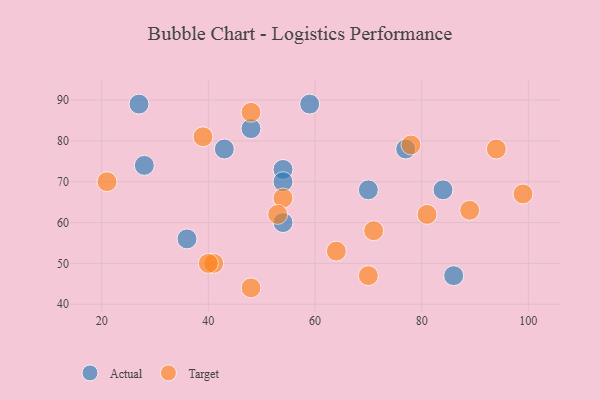
{"axis": {"x": "GDP", "y": "Life Expectancy"}, "legend": ["Actual", "Target"], "data": [{"x": "54", "y": 73, "type": "Actual"}, {"x": "70", "y": 68, "type": "Actual"}, {"x": "48", "y": 83, "type": "Actual"}, {"x": "84", "y": 68, "type": "Actual"}, {"x": "27", "y": 89, "type": "Actual"}, {"x": "86", "y": 47, "type": "Actual"}, {"x": "54", "y": 70, "type": "Actual"}, {"x": "36", "y": 56, "type": "Actual"}, {"x": "77", "y": 78, "type": "Actual"}, {"x": "43", "y": 78, "type": "Actual"}, {"x": "59", "y": 89, "type": "Actual"}, {"x": "54", "y": 60, "type": "Actual"}, {"x": "28", "y": 74, "type": "Actual"}, {"x": "70", "y": 47, "type": "Target"}, {"x": "71", "y": 58, "type": "Target"}, {"x": "54", "y": 66, "type": "Target"}, {"x": "64", "y": 53, "type": "Target"}, {"x": "48", "y": 44, "type": "Target"}, {"x": "89", "y": 63, "type": "Target"}, {"x": "21", "y": 70, "type": "Target"}, {"x": "81", "y": 62, "type": "Target"}, {"x": "94", "y": 78, "type": "Target"}, {"x": "48", "y": 87, "type": "Target"}, {"x": "41", "y": 50, "type": "Target"}, {"x": "53", "y": 62, "type": "Target"}, {"x": "39", "y": 81, "type": "Target"}, {"x": "99", "y": 67, "type": "Target"}, {"x": "78", "y": 79, "type": "Target"}, {"x": "40", "y": 50, "type": "Target"}]}